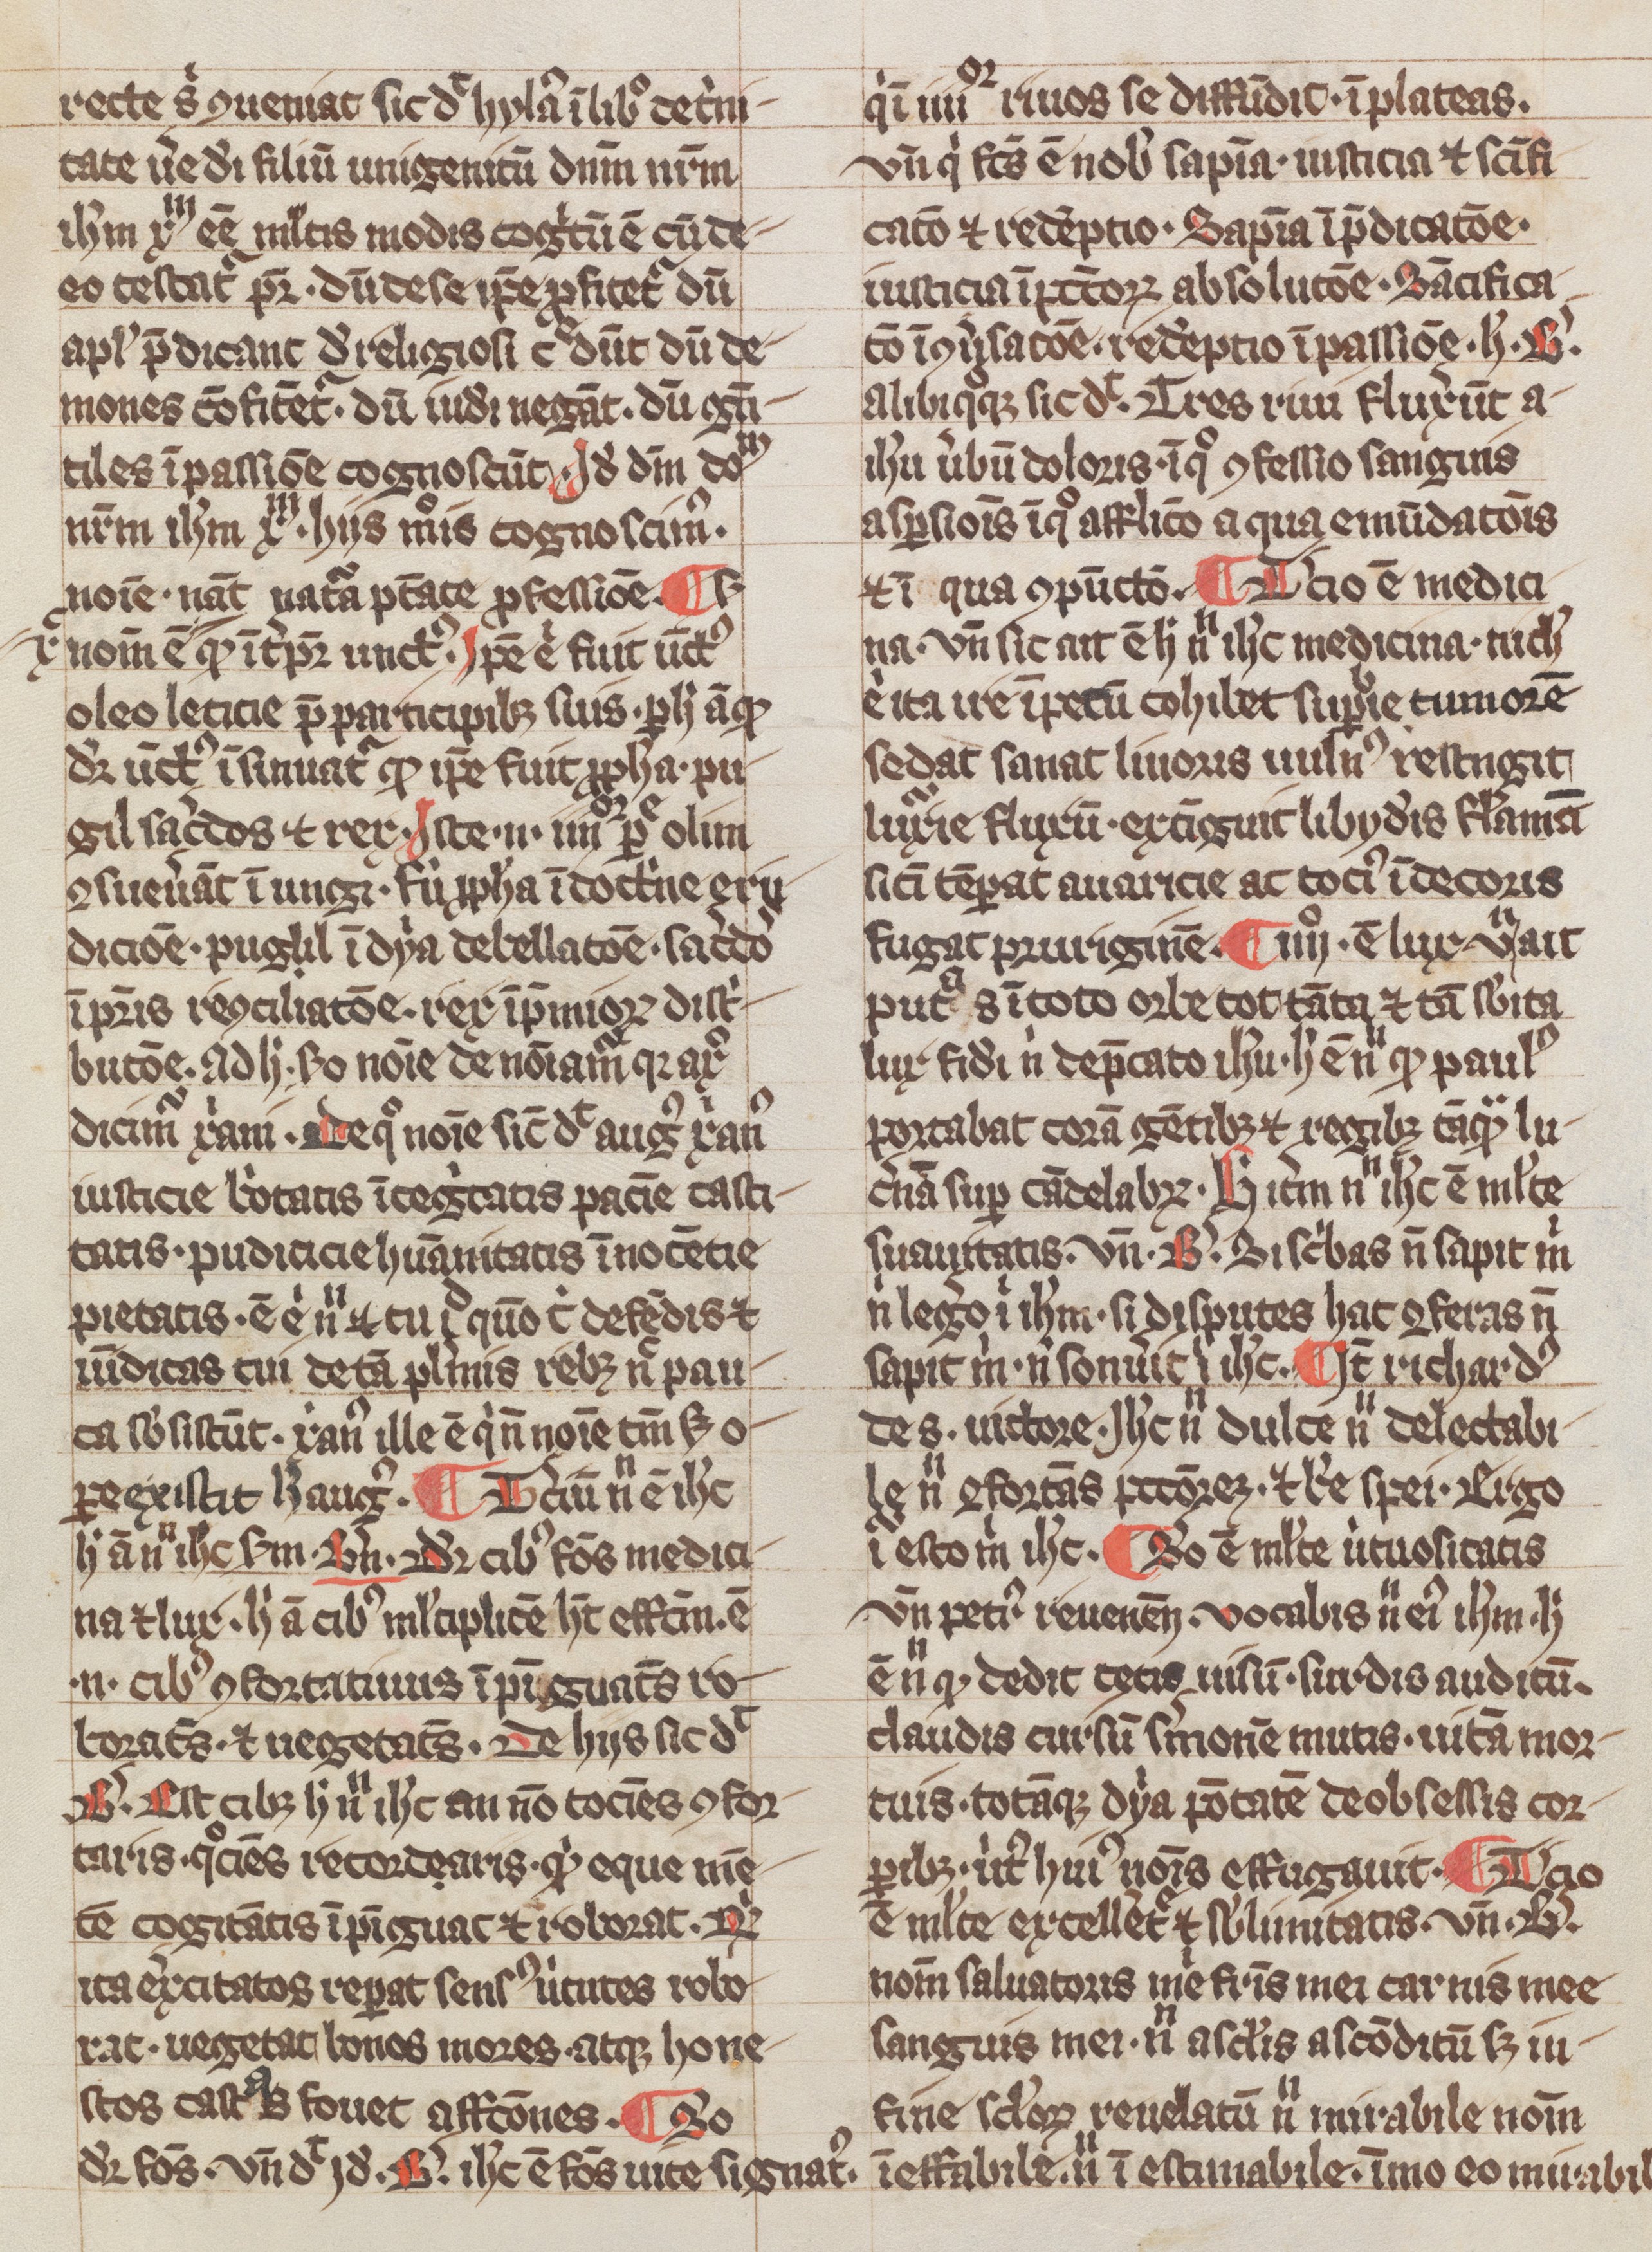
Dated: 1300–1399